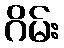
ဂိမ်း